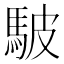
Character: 駊